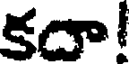
కడా!